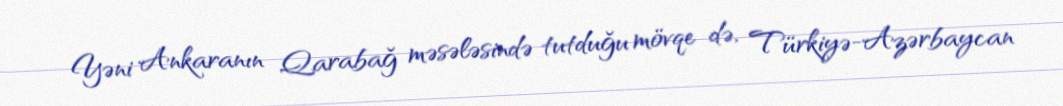
Yəni Ankaranın Qarabağ məsələsində tutduğu mövqe də, Türkiyə-Azərbaycan